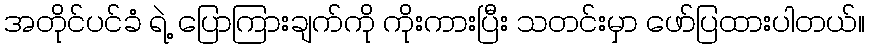
အတိုင်ပင်ခံ ရဲ့ ပြောကြားချက်ကို ကိုးကားပြီး သတင်းမှာ ဖော်ပြထားပါတယ်။